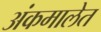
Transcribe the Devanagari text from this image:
अंकमालेत